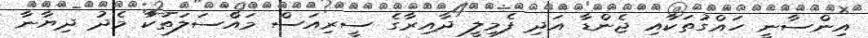
އިންސާނީ ހައްގުތަކާއި ޖެންޑާ އަދި ފެމިލީ ދާއިރާގެ ސީރިއަސް މައްސަލަތަކާ މެދު ދިޔާނާ